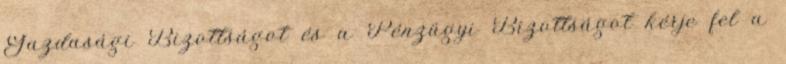
Gazdasági Bizottságot és a Pénzügyi Bizottságot kérje fel a